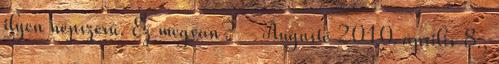
ilyen népszerű. Ez megvan? – Auguste 2010. április 8.,